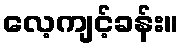
လေ့ကျင့်ခန်း။